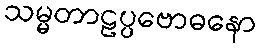
သမ္မတာဠပ္ပဗောဓနော